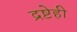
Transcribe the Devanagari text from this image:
द्रष्टेही